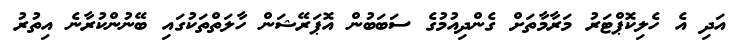
އަދި އެ ހެލިކޮޕްޓަރު މަރާމާތަށް ގެންދިއުމުގެ ސަބަބުން އޮޕަރޭޝަން ހާލަތްތަކުގައި ބޭނުންކުރާނެ އިތުރު